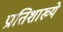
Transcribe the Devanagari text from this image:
प्रातिशाख्ये